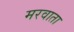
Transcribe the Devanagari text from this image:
मरवाता